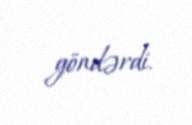
göndərdi.